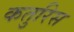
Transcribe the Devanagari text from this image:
कतुरिस